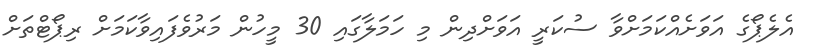
އެލެޕޯގެ އަވަށެއްކަމަށްވާ ސުކަރީ އަވަށްދިން މި ހަމަލާގައި 30 މީހުން މަރުވެފައިވާކަމަށް ރިޕޯޓްތަށް